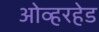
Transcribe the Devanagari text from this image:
ओव्हरहेड